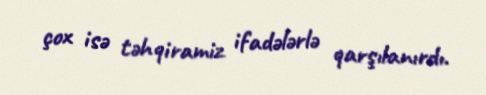
çox isə təhqiramiz ifadələrlə qarşılanırdı.